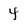
Character: 4